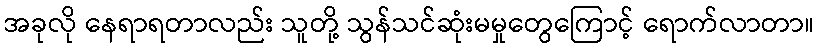
အခုလို နေရာရတာလည်း သူတို့ သွန်သင်ဆုံးမမှုတွေကြောင့် ရောက်လာတာ။